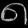
Digit: ၈